Leaving Certificate, 1897
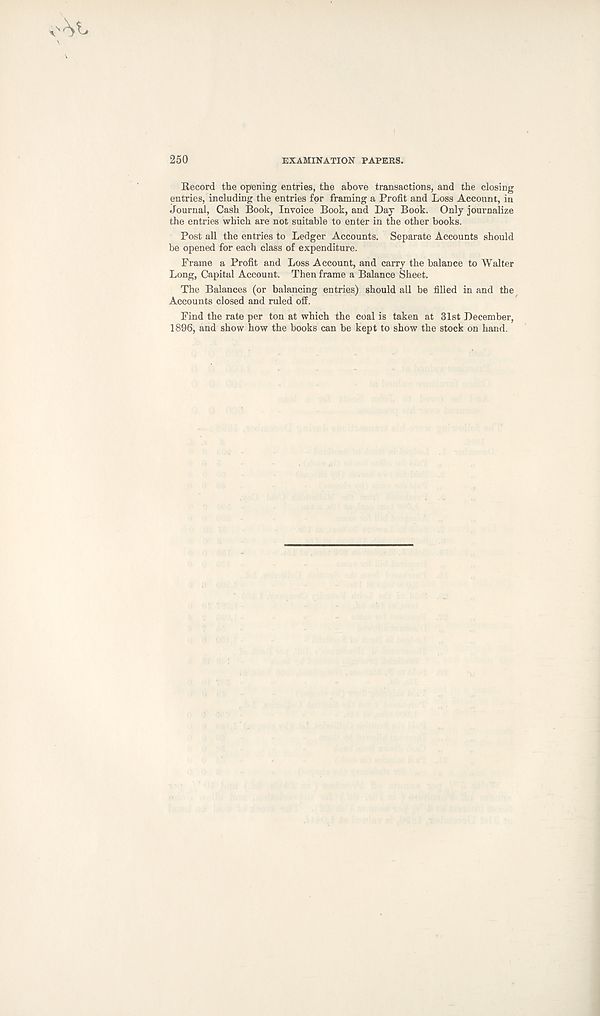
250
examination papers.
Record the opening entries, the above transactions, and the closing
entries, including the entries for framing a Profit and Loss Account, in
journal, Cash Book, Invoice Book, and Day Book. Only journalize
the entries which are not suitable to enter in the other books.
Post all the entries to Ledger Accounts. Separate Accounts should
be opened for each class of expenditure.
Frame a Profit and Loss Account, and carry the balance to Walter
Long, Capital Account. Then frame a Balance Sheet.
The Balances (or balancing entries) should all be filled in and the
Accounts closed and ruled off.
Find the rate per ton at which the coal is taken at 31st December,
1896, and show how the books can be kept to show the stock on hand.